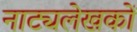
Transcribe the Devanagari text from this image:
नाट्यलेखकों